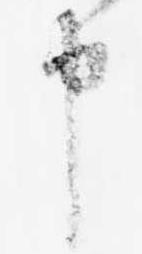
申